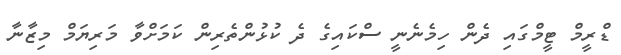
ޑްރީމް ޓީމްގައި ދެން ހިމެނެނީ ސްކައިގެ ދެ ކުޅުންތެރިން ކަމަށްވާ މަރިޔަމް މިޒާނާ